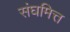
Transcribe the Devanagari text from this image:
संघमित्त